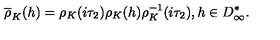
\overline { { \rho } } _ { K } ( h ) = { \rho } _ { K } ( i { \tau } _ { 2 } ) { \rho } _ { K } ( h ) { \rho } _ { K } ^ { - 1 } ( i { \tau } _ { 2 } ) , h \in D _ { \infty } ^ { * } .